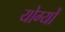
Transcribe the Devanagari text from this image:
योग्यों